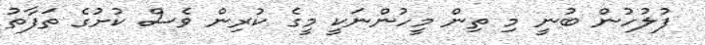
ފުލުހުން ބުނީ މި ތިން މީހުންނަކީ މީގެ ކުރިން ވެސް ކުށުގެ ތަފާތު